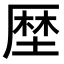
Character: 𠪖